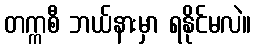
တက္ကစီ ဘယ်နားမှာ ရနိုင်မလဲ။